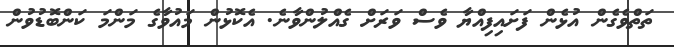
ތަތްވެގެން އުޅެން ފަށައިފިއްޔާ ވެސް ވަރަށް ގެއްލުންވާނެ. އެކޮޅުން މައުވާގެ މަންމަ ކަންބޮޑުވުން